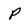
Character: P